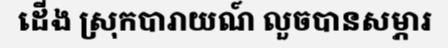
ដើង ស្រុកបារាយណ៍ លួចបានសម្ភារ